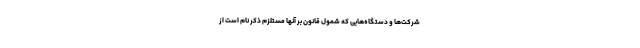
شرکت‌ها و دستگاه‌هایی که شمول قانون بر آنها مستلزم ذکر نام است از